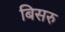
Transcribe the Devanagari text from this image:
बिसरु